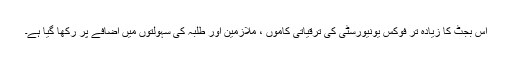
اِس بجٹ کا زیادہ تر فوکس یونیورسٹی کی ترقیاتی کاموں ،ْ ملازمین اور طلبہ کی سہولتوں میں اضافے پر رکھا گیا ہے۔